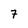
Character: 7